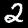
Label: 2